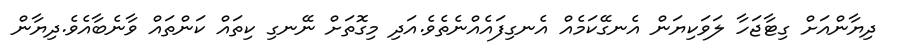
ދިޔާންއަށް ގިޓާޖަހާ ލަވަކިޔަން އެނގޭކަމެއް އެނގިފައެއްނެތެވެ.އަދި މިގޮތަށް ނޭނގި ކިތައް ކަންތައް ވާނެބާއެވެ.ދިޔާން